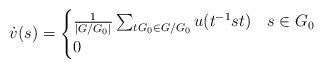
LaTeX: \begin{align*}\dot{v}(s)=\begin{cases} \frac{1}{|G/G_0|}\sum_{tG_0\in G/G_0}u(t^{-1}st) &s\in G_0 \\0 &\end{cases}\end{align*}